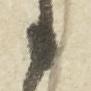
々